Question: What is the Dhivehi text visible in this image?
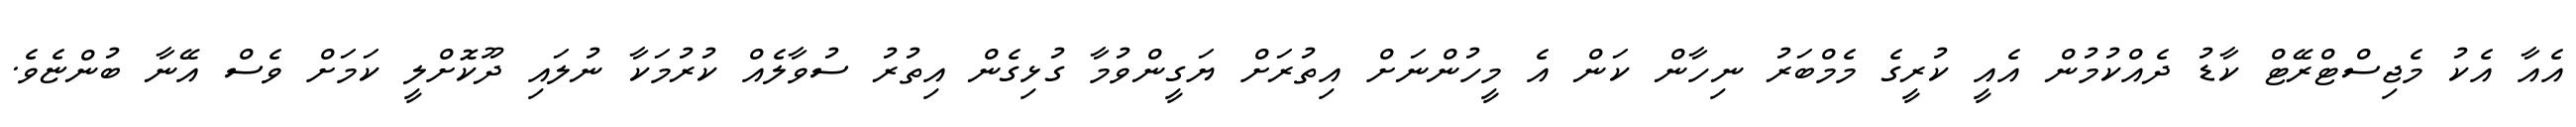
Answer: އެއާ އެކު މެޖިސްޓްރޭޓް ކާޑު ދެއްކުމުން އެއީ ކުރީގެ މެމްބަރު ނިހާން ކަން އެ މީހުންނަށް އިތުރަށް ޔަގީންވުމާ ގުޅިގެން އިތުރު ސުވާލެއް ކުރުމަކާ ނުލައި ދޫކޮށްލީ ކަމަށް ވެސް އޭނާ ބުންޏެވެ.